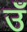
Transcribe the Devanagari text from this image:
उँ